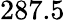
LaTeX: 287.5